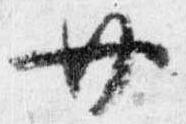
廿